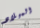
الميلاد